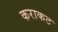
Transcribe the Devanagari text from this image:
कराकट